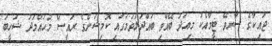
ޖައިކާގެ ސާރވޭ ޓީމާއެކު މިއަދު ބޭއްވި ބައްދަލުވުމުގައި ކޮމިޝަންގެ ރައީސް މުހައްމަދު ޝަހީބު